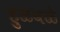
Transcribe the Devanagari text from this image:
हुळवळे